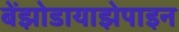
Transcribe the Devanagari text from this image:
बेंझोडायाझेपाइन